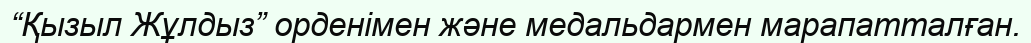
“Қызыл Жұлдыз” орденімен және медальдармен марапатталған.